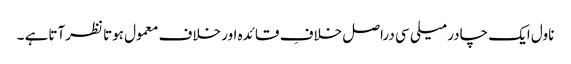
ناول ایک چادر میلی سی دراصل خلافِ قائدہ اور خلاف معمول ہوتا نظرآتاہے ۔